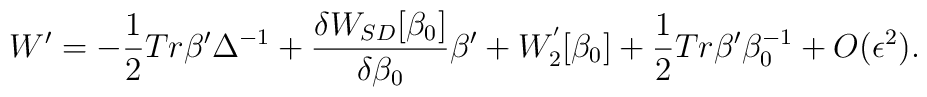
W' = - \frac{1}{2} Tr \beta ' \Delta^{-1} + \frac{\delta W_{SD}[\beta_0] }{\delta \beta_0} \beta {'} + W_2^{'}[\beta_0] +\frac{1}{2} Tr \beta ' \beta^{-1}_0 + O(\epsilon^2).